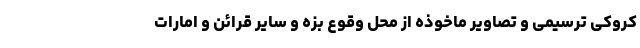
کروکی ترسیمی و تصاویر ماخوذه از محل وقوع بزه و سایر قرائن و امارات